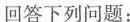
回答下列问题：